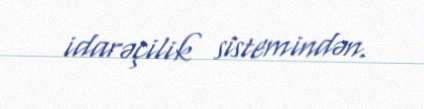
idarəçilik sistemindən.